Vaccination in Bombay 1863-1868 - 1863-1868
Year: 1863
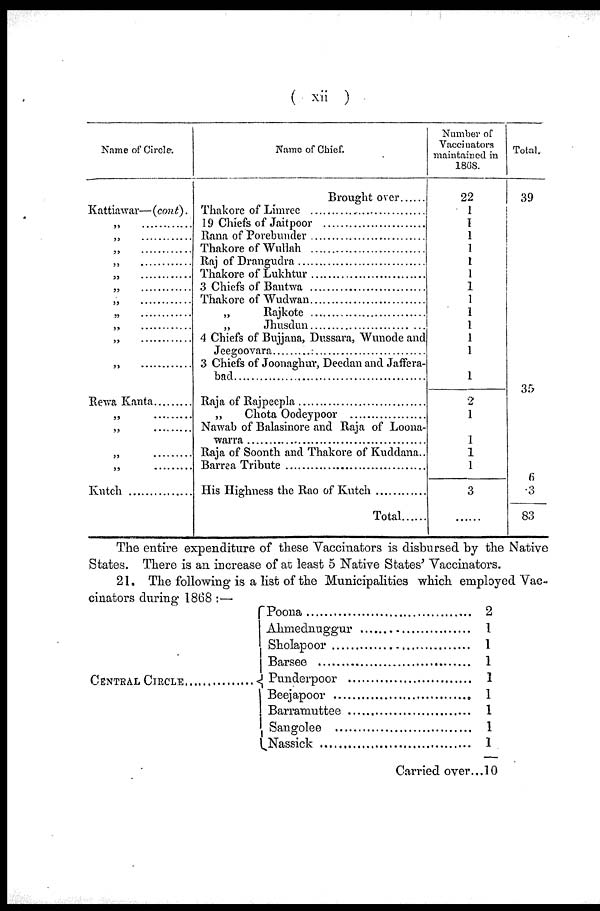
( xii )
Name of Circle.
Kattiawar—(cont).
„ ......................
„ ......................
„ ......................
„ ......................
„ ......................
„ ......................
„ ......................
„ ......................
„ ......................
„ ......................
„ ......................
Rewa Kanta
„ ......................
„ ......................
„ ......................
„ ......................
Kutch ..................
Name of Chief.
Brought over
Thakore of Limree ..............................
19 Chiefs of Jaitpoor
Rana of Porebunder ..........................
Thakore of Wullah
Raj of Drangudra
Thakore of Lukhtur ..........................
3 Chiefs of Bantwa ..........................
Thakore of Wudwan ..........................
„
Rajkote
„ Jhusdun ..........................
4 Chiefs of Bujjana, Dussara, Wunode and
Jeegoovara ...................................
3 Chiefs of Joonaghur, Deedan and Jaffera-
bad
Raja of Rajpeepla
„
Chota Oodeypoor
Nawab of Balasinore and Raja of Loona-
warra ...............................................
Raja of Soonth and Thakore of Kuddana..
Barrea Tribute .................................
His Highness the rao of Kutch .............
Total .......
Number of
Vaccinators
maintained in
1868.
22
1
1
1
1
1
1
1
1
1
1
1
1
2
1
1
1
1
3
......
Total.
39
35
6
3
83
States.
The entire expenditure of these Vaccinators is disbursed by the Native
There is an increase of at least 5 Native States' Vaccinators.
21. The following is a list of the Municipalities which employed Vac-
cinators during 1868 :—
CENTRAL CIRCLE ............... Poona .....................................
Ahmednuggur ...........................
Sholapoor ..............................
Barsee .....................................
Punderpoor .............................
Beejapoor ..........................
Barramuttee ..........................
Sangolee .............................
Nassick .....................................
Carried over...
2
1
1
1
1
1
1
1
1
10